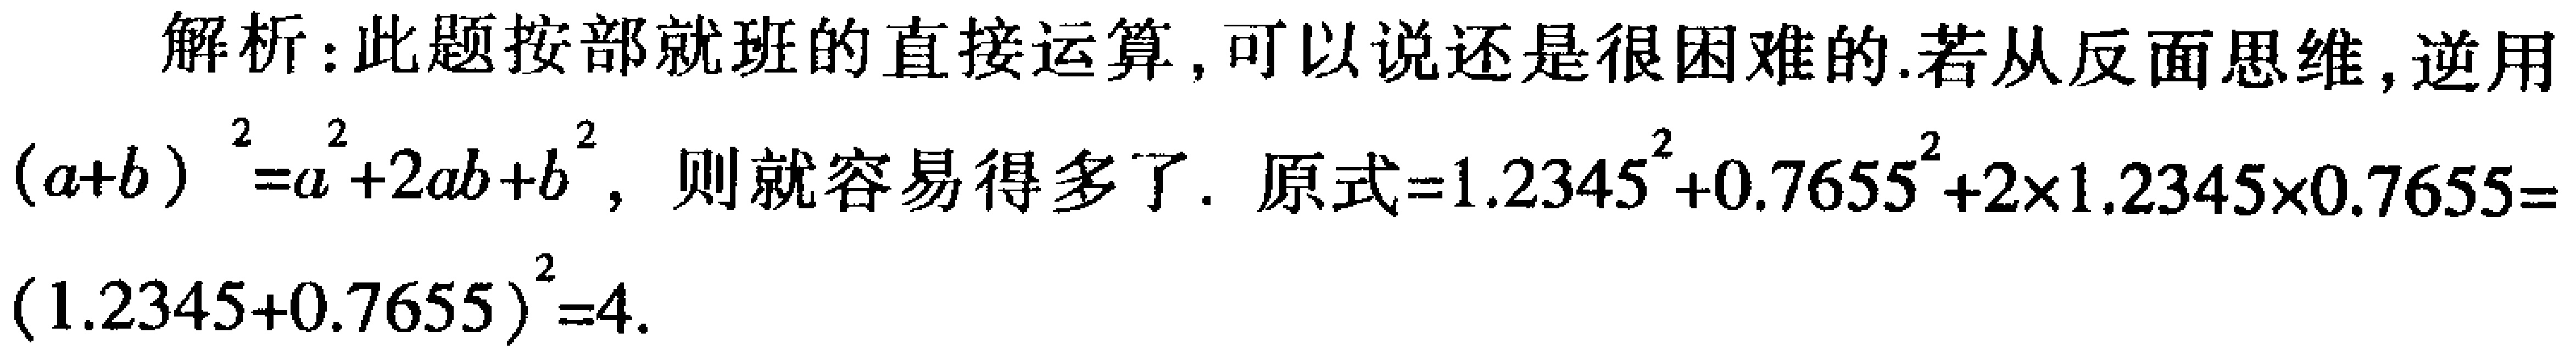
解析：此题按部就班的直接运算，可以说还是很困难的.若从反面思维,逆用

\((a + b)^2=a^{2}+2ab + b^{2}\)，则就容易得多了. 原式\(=1.2345^{2}+0.7655^{2}+2\times1.2345\times0.7655=(1.2345 + 0.7655)^2=4\).